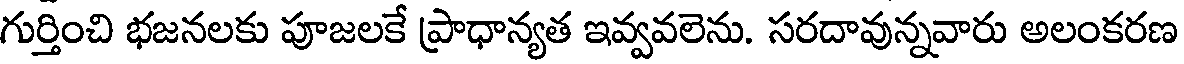
గుర్తించి భజనలకు పూజలకే ప్రాధాన్యత ఇవ్వవలెను. సరదావున్నవారు అలంకరణ